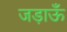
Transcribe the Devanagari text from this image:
जड़ाऊँ